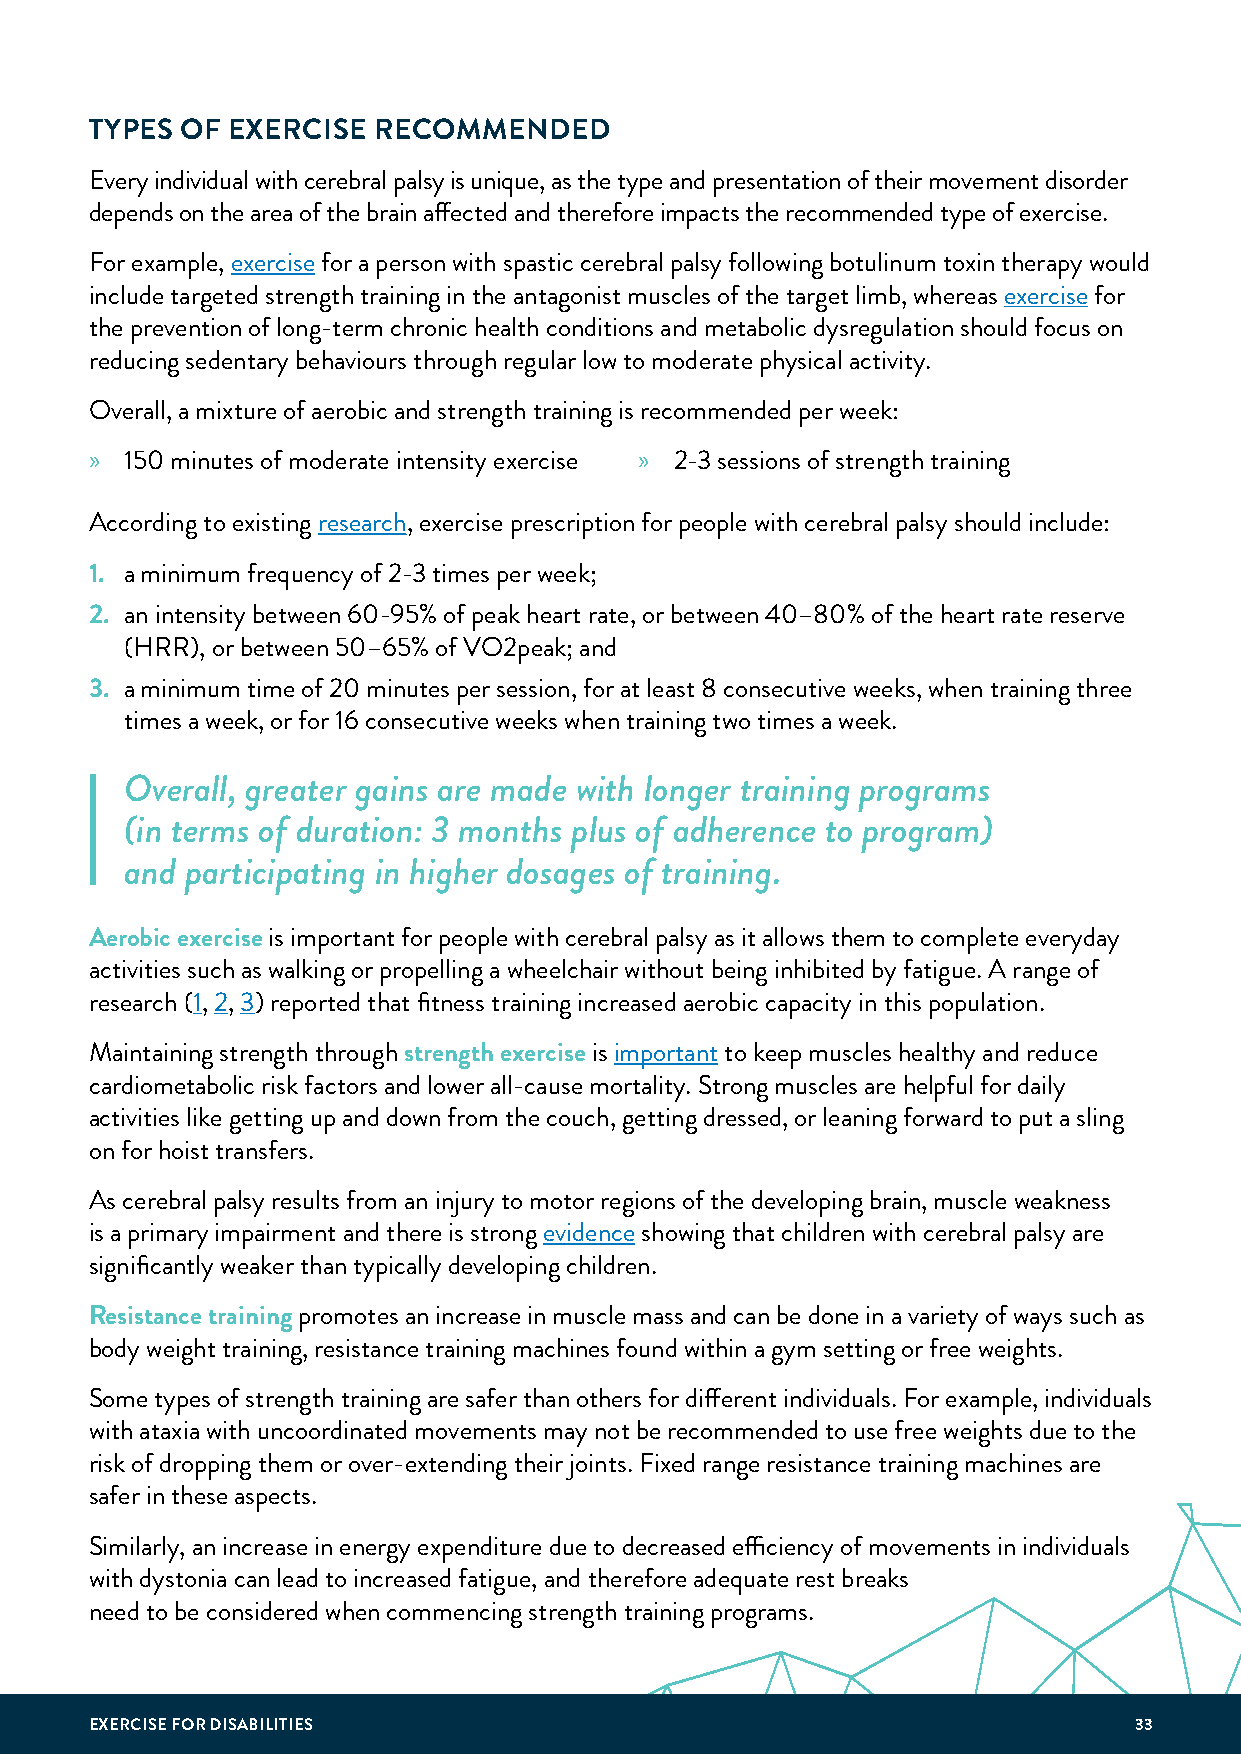
TYPES OF EXERCISE  RECOMMENDED
 Every individual with cerebral palsy is unique, as the type and presentation of their movement disorder
 depends on the area of the brain affected and therefore impacts the recommended type of exercise.
 For example, exercise for a person with spastic cerebral palsy following botulinum toxin therapy would
 include targeted strength training in the antagonist muscles of the target limb, whereas exercise for
 the prevention of long-term chronic health conditions and metabolic dysregulation should focus on
 reducing sedentary behaviours through regular low to moderate physical activity.
 Overall, a mixture of aerobic and strength training is recommended per week:
 » 150 minutes of moderate intensity exercise » 2-3 sessions of strength training
 According to existing research, exercise prescription for people with cerebral palsy should include:
 1. a minimum frequency of 2-3 times per week;
 2. an intensity between 60-95% of peak heart rate, or between 40–80% of the heart rate reserve
 (HRR), or between 50–65% of VO2peak; and
 3. a minimum time of 20 minutes per session, for at least 8 consecutive weeks, when training three
 times a week, or for 16 consecutive weeks when training two times a week.
 Overall, greater gains are made with longer training programs
 (in terms of duration: 3 months plus of adherence to program)
 and participating in higher dosages of training.
 Aerobic exercise is important for people with cerebral palsy as it allows them to complete everyday
 activities such as walking or propelling a wheelchair without being inhibited by fatigue. A range of
 research (1, 2, 3) reported that fitness training increased aerobic capacity in this population.
 Maintaining strength through strength exercise is important to keep muscles healthy and reduce
 cardiometabolic risk factors and lower all-cause mortality. Strong muscles are helpful for daily
 activities like getting up and down from the couch, getting dressed, or leaning forward to put a sling
 on for hoist transfers.
 As cerebral palsy results from an injury to motor regions of the developing brain, muscle weakness
 is a primary impairment and there is strong evidence showing that children with cerebral palsy are
 significantly weaker than typically developing children.
 Resistance training promotes an increase in muscle mass and can be done in a variety of ways such as
 body weight training, resistance training machines found within a gym setting or free weights.
 Some types of strength training are safer than others for different individuals. For example, individuals
 with ataxia with uncoordinated movements may not be recommended to use free weights due to the
 risk of dropping them or over-extending their joints. Fixed range resistance training machines are
 safer in these aspects.
 Similarly, an increase in energy expenditure due to decreased efficiency of movements in individuals
 with dystonia can lead to increased fatigue, and therefore adequate rest breaks
 need to be considered when commencing strength training programs.
 EXERCISE FOR DISABILITIES                                            33